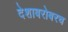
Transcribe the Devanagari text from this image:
देशाबरोबरच